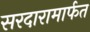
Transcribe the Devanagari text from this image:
सरदारामार्फत